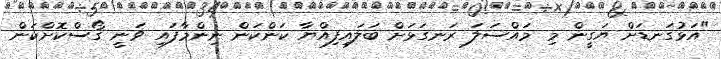
"އަޅުގަނޑަށް ޔަގީން މި މައްސަލަ ރަނގަޅަށް ބަލައިފިއްޔާ ކަންކަން ނިންމާފައި ވަނީ ގޯސްކޮށްކަން